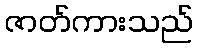
ဇာတ်ကားသည်